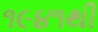
૧૯૪૧થી